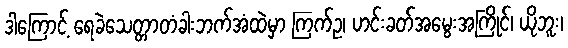
ဒါကြောင့် ရေခဲသေတ္တာတံခါးဘက်အံထဲမှာ ကြက်ဥ၊ ဟင်းခတ်အမွေးအကြိုင်၊ ယိုဘူး၊